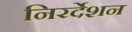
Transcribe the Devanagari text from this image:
निरर्देशन